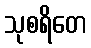
သုစရိတေ